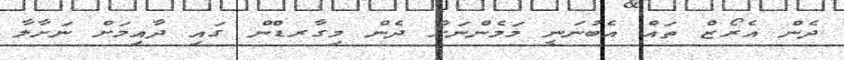
ދެން އެރޯޒް ތައް އެބުނަނީ މަމެންނަށް ދެން މިގާރޑްން ގައި ދާއިމަށް ނަށާލާ